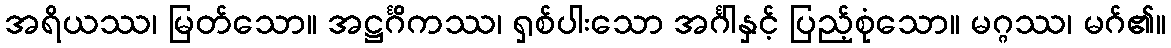
အရိယဿ၊ မြတ်သော။ အဋ္ဌင်္ဂိကဿ၊ ရှစ်ပါးသော အင်္ဂါနှင့် ပြည့်စုံသော။ မဂ္ဂဿ၊ မဂ်၏။